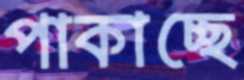
পাকাচ্ছে